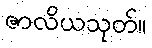
ဇာလိယသုတ်။